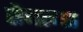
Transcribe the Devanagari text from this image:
तेवत्या